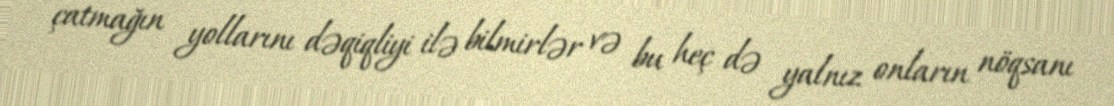
çatmağın yollarını dəqiqliyi ilə bilmirlər və bu heç də yalnız onların nöqsanı